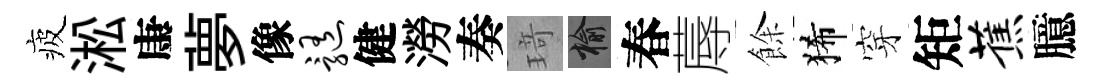
疲淞康夢像髓健澇奏𤦺榆春蓐餘狶穿矩蕉臆